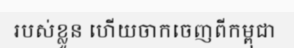
របស់ខ្លួន ហើយចាកចេញពីកម្ពុជា